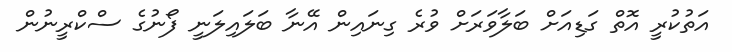
އަތުކުރީ އޮތް ގަޑިއަށް ބަލާވަރަށް ވުރެ ގިނައިން އޭނާ ބަލައިލަނީ ފޯނުގެ ސްކްރީނުން